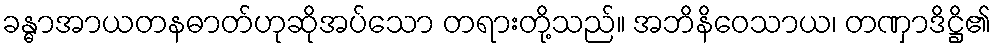
ခန္ဓာအာယတနဓာတ်ဟုဆိုအပ်သော တရားတို့သည်။ အဘိနိဝေသာယ၊ တဏှာဒိဋ္ဌိ၏